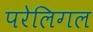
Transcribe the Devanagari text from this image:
परेलिगल